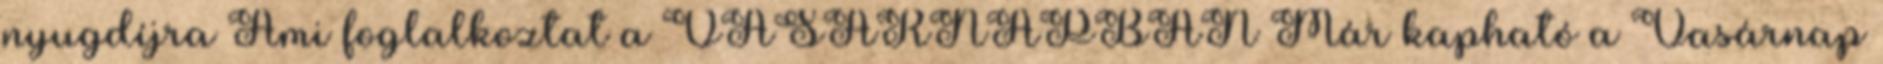
nyugdíjra Ami foglalkoztat a VASÁRNAPBAN Már kapható a Vasárnap